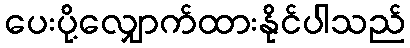
ပေးပို့လျှောက်ထားနိုင်ပါသည်